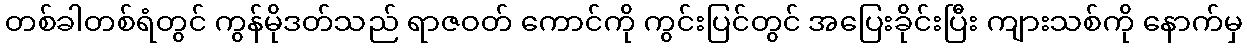
တစ်ခါတစ်ရံတွင် ကွန်မိုဒတ်သည် ရာဇဝတ် ကောင်ကို ကွင်းပြင်တွင် အပြေးခိုင်းပြီး ကျားသစ်ကို နောက်မှ